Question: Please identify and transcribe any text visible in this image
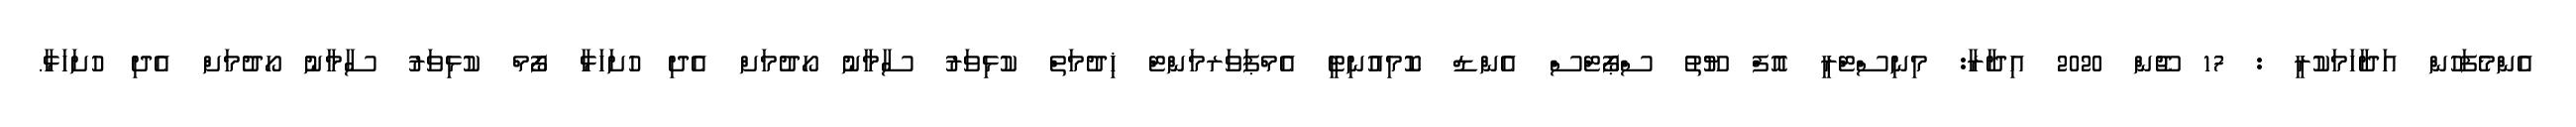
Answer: އެންމެފަހުން އަދާހަމަކުރީ : 17 ޖޫން 2020 އިދާރާ: މިނިސްޓްރީ އޮފް ޔޫތު ސްޕޯޓްސް އެންޑް ކޮމިއުނިޓީ އެމްޕަވަރމަންޓް ޚިދުމަތް ކުޅިވަރު ސާމާނު ހޯދުމަށް އެދި ހުށަހަޅާ ފޯމް ކުޅިވަރު ސާމާނު ހޯދުމަށް އެދި ހުށަހަޅާ.